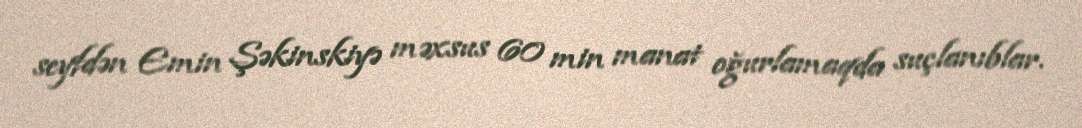
seyfdən Emin Şəkinskiyə məxsus 60 min manat oğurlamaqda suçlanıblar.